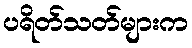
ပရိတ်သတ်များက